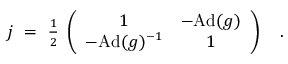
j ~ = ~ { \textstyle { \frac { 1 } { 2 } } } \; \left( \begin{array} { c c } { { 1 } } & { { - \mathrm { A d } ( g ) } } \\ { { - \mathrm { A d } ( g ) ^ { - 1 } } } & { { 1 } } \end{array} \right) ~ ~ ~ .